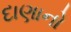
દાણાનો